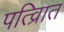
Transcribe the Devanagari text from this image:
पत्व्राित